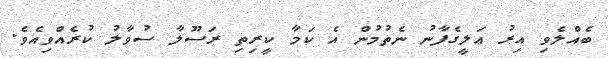
ބެއްލެވި އިރު ޢަލީގެފާނު ނެތުމުން އެ ކަމާ ކީރިތި ރަސޫލާ ސުވާލު ކުރެއްވިއެވެ.